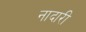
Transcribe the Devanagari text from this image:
नादारी